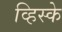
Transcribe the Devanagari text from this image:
व्हिस्के